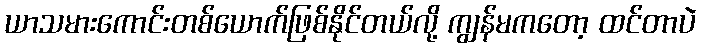
ယာသမားကောင်းတစ်ယောက်ဖြစ်နိုင်တယ်လို့ ကျွန်မကတော့ ထင်တာပဲ